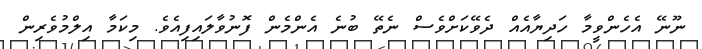
ނޫނޭ އެހެންވީމާ ހަދިޔާއެއް ދެވޭކަށްވެސް ނެތޭ ބުނެ އެންމެން ފޮނުވާލައިފިއެވެ. މިކަމާ އިލްމުވެރިން